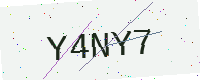
Text: Y4NY7